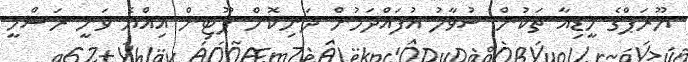
ޔޫރަޕްގެ މީޑިއާ ތަކުން ސުވާލު އުފައްދަމުން ދަނިކޮށް ޕޫޓިން އިއްޔެ ވަނީ ރަސްމީ